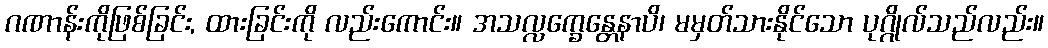
ဂဏာန်းကိုဖြစ်ခြင်း, ထားခြင်းကို လည်းကောင်း။ အသလ္လက္ခေန္တေနာပိ၊ မမှတ်သားနိုင်သော ပုဂ္ဂိုလ်သည်လည်း။